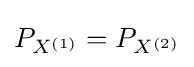
P_{X^{(1)}}=P_{X^{(2)}}